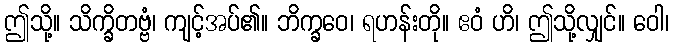
ဤသို့။ သိက္ခိတဗ္ဗံ၊ ကျင့်အပ်၏။ ဘိက္ခဝေ၊ ရဟန်းတို။ ဧဝံ ဟိ၊ ဤသို့လျှင်။ ဝေါ၊